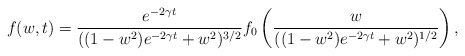
\begin{align*}f(w,t)=\frac{e^{-2\gamma t}}{((1-w^2)e^{-2\gamma t}+w^2)^{3/2}}f_0\left(\frac{w}{((1-w^2)e^{-2\gamma t}+w^2)^{1/2}}\right),\end{align*}